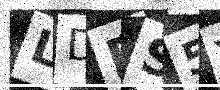
Text: LDRS5Y